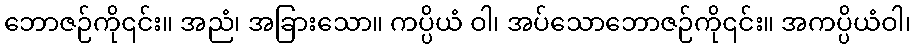
ဘောဇဉ်ကို၎င်း။ အညံ၊ အခြားသော။ ကပ္ပိယံ ဝါ၊ အပ်သောဘောဇဉ်ကို၎င်း။ အကပ္ပိယံဝါ၊